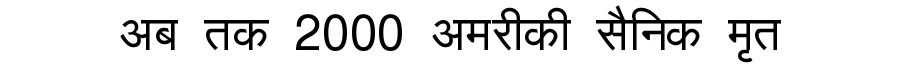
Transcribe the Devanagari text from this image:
अब तक 2000 अमरीकी सैनिक मृत